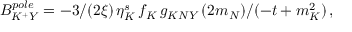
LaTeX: B _ { K ^ { + } Y } ^ { p o l e } = - 3 / ( 2 \xi ) \, \eta _ { K } ^ { s } \, f _ { K } \, g _ { K N Y } \, ( 2 m _ { N } ) / ( - t + m _ { K } ^ { 2 } ) \, ,